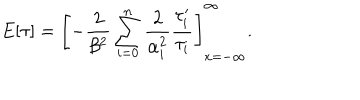
E [ \tau ] = \left[ - \frac 2 { \beta ^ { 2 } } \sum _ { i = 0 } ^ { n } \frac 2 { \alpha _ { i } ^ { 2 } } \frac { \tau _ { i } ^ { \prime } } { \tau _ { i } } \right] _ { x = - \infty } ^ { \infty } .